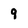
Character: 9